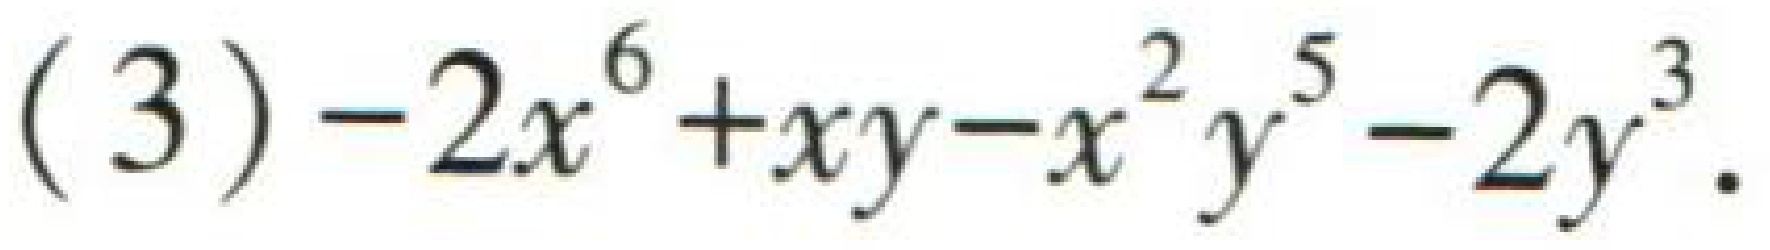
(3) \(-2x^{6}+xy - x^{2}y^{5}-2y^{3}\)